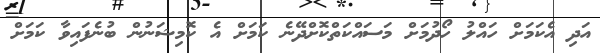
އަދި އެކަމަށް ހައްލު ހޯދުމަށް މަސައްކަތްކޮށްދޭނެ ކަމަށް އެ ކޮމިޝަނުން ބުނެފައިވާ ކަމަށް